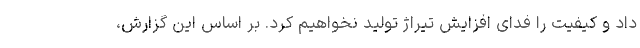
داد و کیفیت را فدای افزایش تیراژ تولید نخواهیم کرد. بر اساس این گزارش،